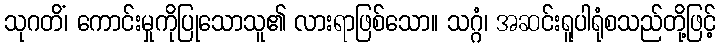
သုဂတိံ၊ ကောင်းမှုကိုပြုသောသူ၏ လားရာဖြစ်သော။ သဂ္ဂံ၊ အဆင်းရူပါရုံစသည်တို့ဖြင့်